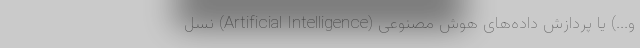
و...) یا پردازش داده‌های هوش مصنوعی (Artificial Intelligence) نسل